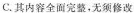
C. 其内容全面完整，无须修改